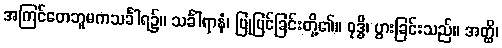
အကြင်တေဘူမကသင်္ခါရ၌။ သင်္ခါရာနံ၊ ပြုပြင်ခြင်းတို့၏။ ဝုဒ္ဓိ၊ ပွားခြင်းသည်။ အတ္ထိ၊